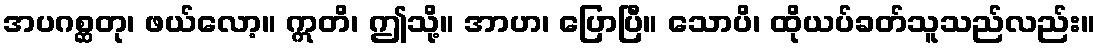
အပဂစ္ဆတု၊ ဖယ်လော့။ ဣတိ၊ ဤသို့။ အာဟ၊ ပြောပြီ။ သောပိ၊ ထိုယပ်ခတ်သူသည်လည်း။